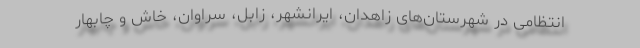
انتظامی در شهرستان‌های زاهدان، ایرانشهر، زابل، سراوان، خاش و چابهار